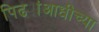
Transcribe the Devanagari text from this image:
पिढ्यांआधीच्या